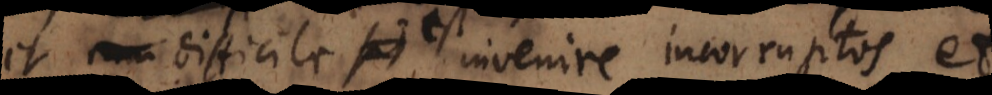
et difficile est invenire incorruptos et